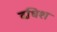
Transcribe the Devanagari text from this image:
दधिश